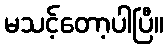
မသင့်တော့ပါပြီ။